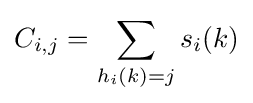
C_{i,j}=\sum _{h_{i}(k)=j}s_{i}(k)